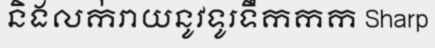
និងលក់រាយនូវទូរទឹកកក Sharp